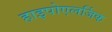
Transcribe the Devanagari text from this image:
हाइपोएलर्जिक